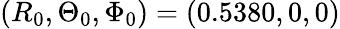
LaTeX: (R_{0},\Theta_{0},\Phi_{0})=(0.5380,0,0)